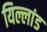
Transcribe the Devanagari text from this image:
यिल्लांड